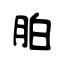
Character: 胉